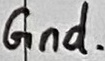
Text: Gnd.